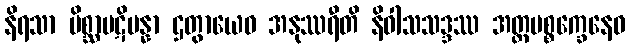
နိရသာ မိစ္ဆာပဋိပန္နာ ဌတွာယေဝ အနုဿရီတိ နိဝါသသဒ္ဒဿ အတ္တပစ္စက္ခေနေဝ